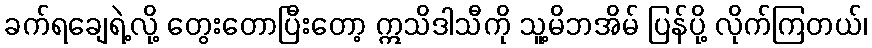
ခက်ရချေရဲ့လို့ တွေးတောပြီးတော့ ဣသိဒါသီကို သူ့မိဘအိမ် ပြန်ပို့ လိုက်ကြတယ်၊